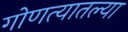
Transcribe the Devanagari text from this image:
गोणत्यातल्या